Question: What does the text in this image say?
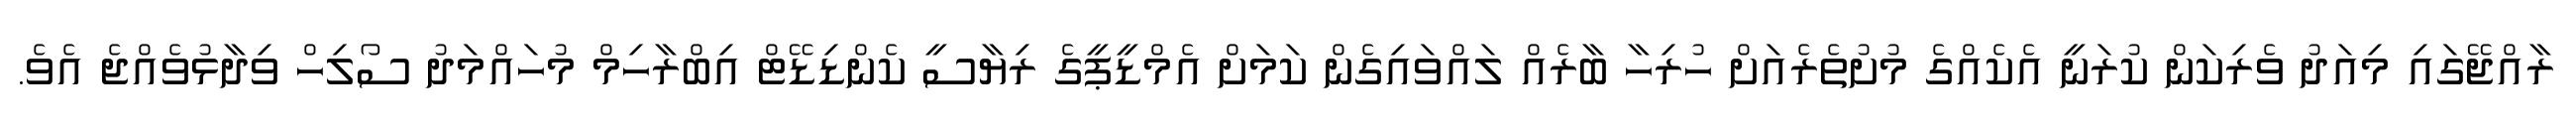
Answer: ރާއްޖޭގައި މިއަދު ވެރިކަން ކުރަނީ އެކެއްގެ މުށުތެރެއަށް ހުރިހާ ބާރެއް ލައްވައިގެން ކަމަށް އެމްޑީޕީގެ ރިޔާސީ ކެންޑިޑޭޓް އިބްރާހިމް މުހައްމަދު ސޯލިހް ވިދާޅުވެއްޖެ އެވެ.